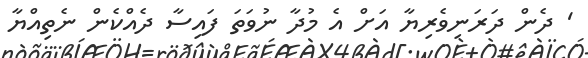
' ދެން ދަރަނިވެރިޔާ އަށް އެ މުދާ ނުވަތަ ފައިސާ ދެއްކެން ނެތިއްޔާ